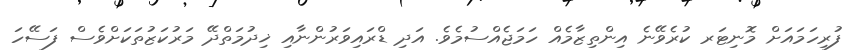
ފުރިހަމައަށް މޮނިޓަރ ކުރެވޭނެ އިންތިޒާމެއް ހަމަޖެއްސުމެވެ. އަދި ޑްރައިވަރުންނާއި ޚިދުމަތްދޭ މަރުކަޒުތަކަށްވެސް ފަސޭހަ